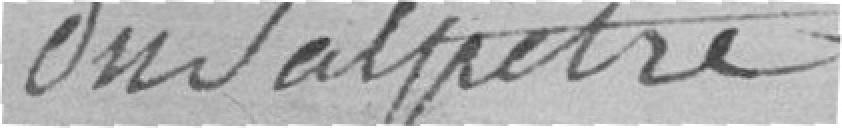
du Salpêtre